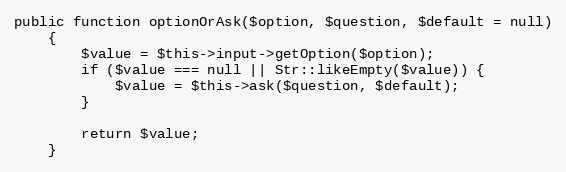
Language: PHP
public function optionOrAsk($option, $question, $default = null)
    {
        $value = $this->input->getOption($option);
        if ($value === null || Str::likeEmpty($value)) {
            $value = $this->ask($question, $default);
        }

        return $value;
    }